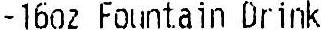
-16OZ FOUNTAIN DRIMK